Sanitation, dispensaries and jails vaccination Rajputana 1922-1927 - 1922-1927
Year: 1922
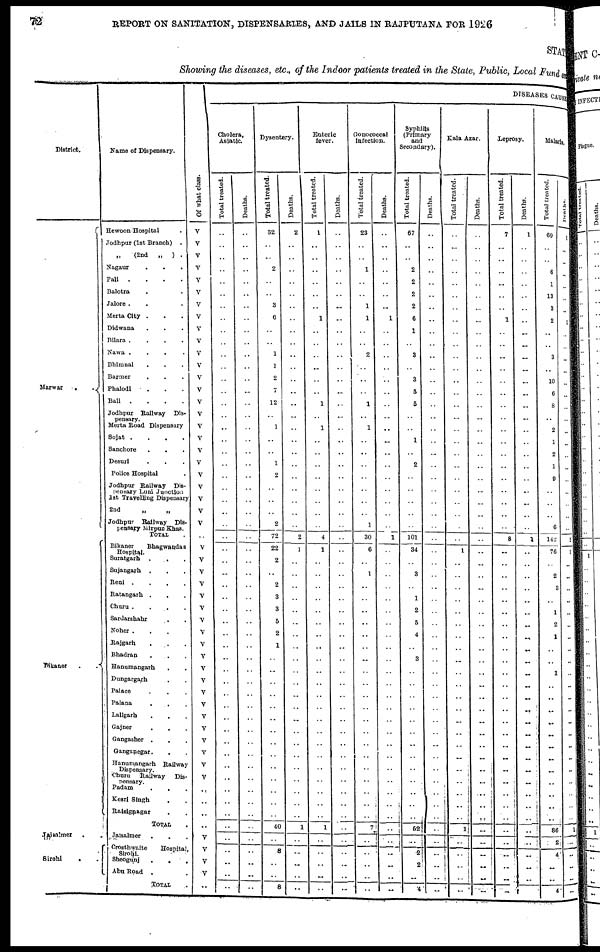
72
REPORT ON SANITATION, DISPENSARIES, AND JAILS IN RAJPUTANA FOR 1926
STATE
Showing the diseases, etc., of the Indoor patients treated in the State, Public, Local Fund and
District.
Marwar
.
.
Bikaner
.
.
Jaisalmer . .
Sirohi . .
Name of Dispensary.
Hewoon Hospital .
Jodhpur (1st Branch) .
„
(2nd „ ) .
Nagaur . . .
Pali .
.
.
.
Balotra . . .
Jalore . . . .
Merta City . . .
Didwana . . .
Bilara .
.
.
.
Nawa .
.
.
.
Bhimnal . . .
Barmer . . .
Phalodi
. . .
Bali .
.
.
.
Jodhpur Railway Dis-
pensary.
Merta Road Dispensary
Sojat .
.
.
.
Sanchore . . .
Desuri . . .
Police Hospital . .
Jodhpur Railway Dis¬
pensary Luni Junction
1st Travelling Dispensary
2nd „ „
Jodhpur Railway Dis¬
pensary Mirpur Khas.
TOTAL .
Bikaner
Bhagwandas
Hospital.
Suratgarh .
. .
Sujangarh . . .
Reni .
.
.
.
Ratangarh .
. .
Churu .
.
.
.
Sardarshahr . .
Noher . . . .
Rajgarh
. . .
Bhadran . . .
Hanumangarh . .
Dungargarh . .
Palace . . .
Palana
.
. .
Lallgarh . . .
Gajner . . .
Gangasher . . .
Ganganegar.
Hanumangarh Railway
Dispensary.
Churu Railway Dis¬
pcnsary.
Padam . . .
Kesri Singh . .
Raisignagar . .
TOTAL .
Jalsalmer . . .
Crosthwaite Hospital,
Sirohi. Sheogunj . . .
Abu Road . . .
TOTAL .
Of what class.
V
V
V
V
V
V
V
V
V
V
V
V
V
V
V
V
V
V
V
V
V
V
V
V
V
..
V
V
V
V
V
V
V
V
V
V
V
V
V
V
V
V
V
V
V
V
..
..
..
..
V
V
V
V
..
DISEASES CAUSES
Cholera,
Asiatic.
Total treated.
..
..
..
..
..
..
..
..
..
..
..
..
..
..
..
..
..
..
..
..
..
..
..
..
..
..
..
..
..
..
..
..
..
..
..
..
..
..
..
..
..
..
..
..
..
..
..
..
..
..
..
..
..
..
..
Deaths.
..
..
..
..
..
..
..
..
..
..
..
..
..
..
..
..
..
..
..
..
..
..
..
..
..
..
..
..
..
..
..
..
..
..
..
..
..
..
..
..
..
..
..
..
..
..
..
..
..
..
..
..
..
..
..
Dysentery.
Total treated.
32
..
..
2
..
..
3
6
..
..
1
1
2
7
12
..
1
..
..
1
2
..
..
..
2
72
22
2
..
2
3
3
5
2
1
..
..
..
..
..
..
..
..
..
..
..
..
..
..
40
..
8
..
..
8
Deaths.
2
..
..
..
..
..
..
..
..
..
..
..
..
..
..
..
..
..
..
..
..
..
..
..
..
2
1
..
..
..
..
..
..
..
..
..
..
..
..
..
..
..
..
..
..
..
..
..
..
1
..
..
..
..
..
Enteric
fever.
Total treated.
1
..
..
..
..
..
..
1
..
..
..
..
..
..
1
..
1
..
..
..
..
..
..
..
..
4
1
..
..
..
..
..
..
..
..
..
..
..
..
..
..
..
..
..
..
..
..
..
..
1
..
..
..
..
..
Deaths.
..
..
..
..
..
..
..
..
..
..
..
..
..
..
..
..
..
..
..
..
..
..
..
..
..
..
..
..
..
..
..
..
..
..
..
..
..
..
..
..
..
..
..
..
..
..
..
..
..
..
..
..
..
..
..
Gonococcal
Infection.
Total treated.
23
..
..
1
..
..
1
1
..
..
2
..
..
..
1
..
1
..
..
..
..
..
..
..
1
30
6
..
1
..
..
..
..
..
..
..
..
..
..
..
..
..
..
..
..
..
..
..
..
7
..
..
..
..
..
Deaths.
..
..
....
..
..
..
..
1
..
..
..
..
..
..
..
..
..
..
..
..
..
..
..
..
..
1
..
..
..
..
..
..
..
..
..
..
..
..
..
..
..
..
..
..
..
..
..
..
..
..
..
..
..
..
..
Syphilis
(Primary
,
and
Secondary).
Total treated.
67
..
..
2
2
2
2
6
1
..
3
..
3
5
5
..
..
1
..
2
..
..
..
..
..
101
34
..
3
..
1
2
5
4
..
3
..
..
..
..
..
..
..
..
..
..
..
..
..
52
..
..
2
..
4
Deaths.
..
..
..
..
..
..
..
..
..
..
..
..
..
..
..
..
..
..
..
..
..
..
..
..
..
..
..
..
..
..
..
..
..
..
..
..
..
..
..
..
..
..
..
..
..
..
..
..
..
..
..
..
..
..
..
Kala Azar.
Total treated.
..
..
..
..
..
..
..
..
..
..
..
..
..
..
..
..
..
..
..
..
..
..
..
..
..
..
1
..
..
..
..
..
..
..
..
..
..
..
..
..
..
..
..
.._
..
..
..
..
..
1
..
..
..
..
..
Deaths.
..
..
..
..
..
..
..
..
..
..
..
..
..
..
..
..
..
..
..
..
..
..
..
..
..
..
..
..
..
..
..
..
..
..
..
..
..
..
..
..
..
..
..
..
..
..
..
..
..
..
..
..
..
..
..
Leprosy.
Total treated.
7
..
..
..
..
..
..
1
..
..
..
..
..
..
..
..
..
..
..
..
..
..
..
..
..
8
..
..
..
..
..
..
..
..
..
..
..
..
..
..
..
..
..
..
..
..
..
..
..
..
..
..
..
..
..
Deaths.
1
..
..
..
..
..
..
..
..
..
..
..
..
..
..
..
..
..
..
..
..
..
..
..
..
1
..
..
..
..
..
..
..
..
..
..
..
..
..
..
..
..
..
..
..
..
..
..
..
..
..
..
..
..
..
Malaria.
Total treated.
69
..
..
6
1
13
3
2
..
..
3
..
10
6
8
..
2
1
2
1
9
..
..
..
6
142
76
..
2
3
..
1
2
1
..
..
1
..
..
..
..
..
..
..
..
..
..
..
..
86
2
4
..
..
4
Deaths.
1
..
..
..
..
..
..
1
..
..
..
..
..
..
..
..
..
..
..
..
..
..
..
..
..
2
1
..
..
..
..
..
..
..
..
..
..
..
..
..
..
..
..
..
..
..
..
..
..
1
..
..
..
..
..